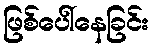
ဖြစ်ပေါ်နေခြင်း